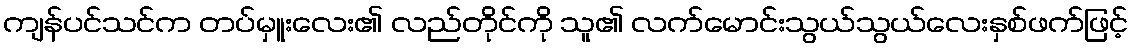
ကျန်ပင်သင်က တပ်မှူးလေး၏ လည်တိုင်ကို သူ၏ လက်မောင်းသွယ်သွယ်လေးနှစ်ဖက်ဖြင့်